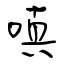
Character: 嗔